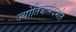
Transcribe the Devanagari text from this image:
ज्योतिबासंदर्भात